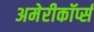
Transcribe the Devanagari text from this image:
अमेरीकॉर्प्स